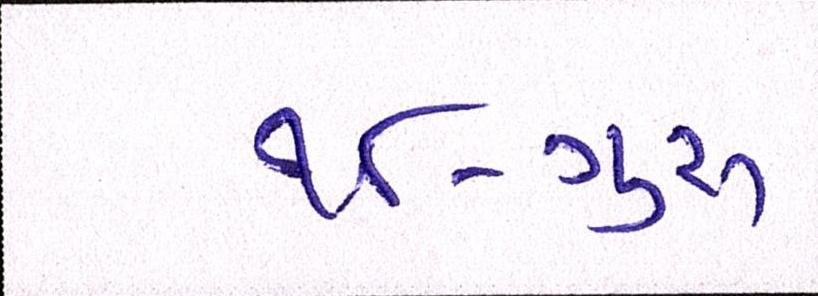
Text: ૧૮-ગુરૂ